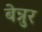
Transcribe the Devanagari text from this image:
बेन्नुर